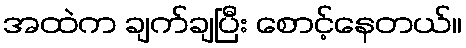
အထဲက ချက်ချပြီး စောင့်နေတယ်။